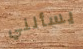
يسألني